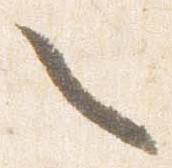
々